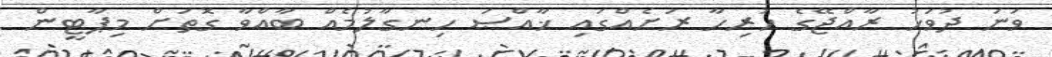
ވަނަ ދުވަހު ރާއްޖޭގެ ހުރިހާ ރަށެއްގައި ޚާއްޞަ ހިނގާލުމެއް ބާއްވާ ގޮތަށް މިޕާޓީން